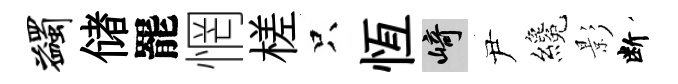
蠲储罷惘槎只恆崎尹纔影断